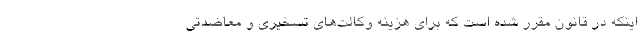
اینکه در قانون مقرر شده است که برای هزینه وکالت‌های تسخیری و معاضدتی